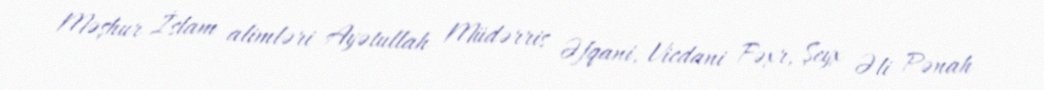
Məşhur İslam alimləri Ayətullah Müdərris Əfqani, Vicdani Fəxr, Şeyx Əli Pənah